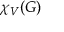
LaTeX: \chi _ { V } ( G )